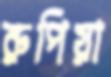
রুপিয়া